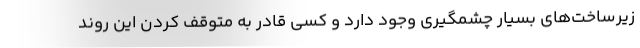
زیرساخت‌های بسیار چشمگیری وجود دارد و کسی قادر به متوقف کردن این روند